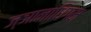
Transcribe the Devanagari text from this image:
ज्ञानाधिगम